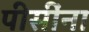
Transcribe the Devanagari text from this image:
पीसींना